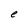
Character: e